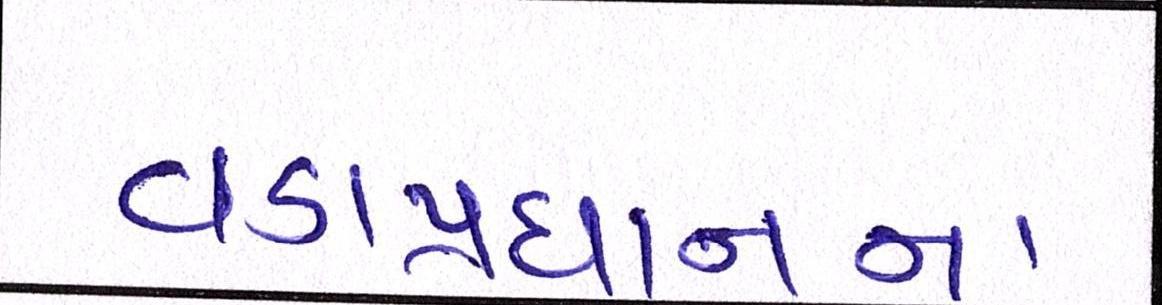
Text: વડાપ્રધાનના